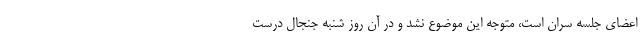
اعضای جلسه سران است، متوجه این موضوع نشد و در آن روز شنبه جنجال درست